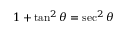
1 + \tan ^ { 2 } \theta = \sec ^ { 2 } \theta